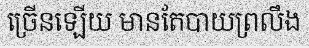
ច្រើនឡើយ មានតែបាយព្រលឹង